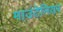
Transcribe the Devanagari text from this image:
माउंटेनियर